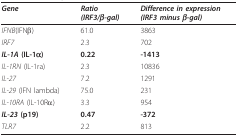
| Gene | Ratio(IRF3/β-gal) | Difference in expression(IRF3 minus β-gal) |
 | --- | --- | --- |
 | IFNB(IFNβ) | 61.0 | 3863 |
 | IRF7 | 2.3 | 702 |
 | IL-1A (IL-1α) | 0.22 | -1413 |
 | IL-1RN (IL-1ra) | 2.3 | 10836 |
 | IL-27 | 7.2 | 1291 |
 | IL-29 (IFN lambda) | 75.0 | 231 |
 | IL-10RA (IL-10Rα) | 3.3 | 954 |
 | IL-23 (p19) | 0.47 | -372 |
 | TLR7 | 2.2 | 813 |